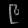
Digit: ၉